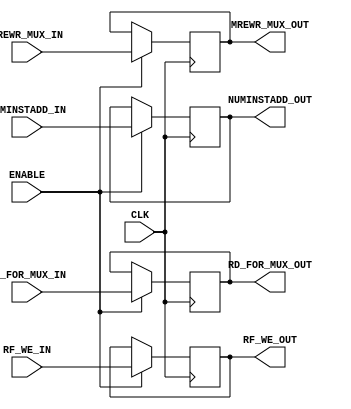
module WBREG (
    input wire RF_WE_IN,
    input wire [1:0] MREWR_MUX_IN,
    input wire NUMINSTADD_IN,
    input wire RD_FOR_MUX_IN,
    input wire CLK,
	 input wire ENABLE,

    output wire RF_WE_OUT,
    output wire [1:0] MREWR_MUX_OUT,
    output wire NUMINSTADD_OUT,
    output wire RD_FOR_MUX_OUT
);

    reg _RF_WE;
    reg _NUMINSTADD;
    reg [1:0] _MREWR_MUX;
    reg RD_FOR_MUX;

    assign RF_WE_OUT = _RF_WE;
    assign MREWR_MUX_OUT = _MREWR_MUX;
    assign NUMINSTADD_OUT = _NUMINSTADD;
    assign RD_FOR_MUX_OUT = RD_FOR_MUX;

    initial begin
        _RF_WE = 0;
        _NUMINSTADD = 0;
        _MREWR_MUX = 0;
		  RD_FOR_MUX = 0;
    end

    always@ (posedge CLK) begin
		if (ENABLE) begin
        _RF_WE <= RF_WE_IN;
        _MREWR_MUX <= MREWR_MUX_IN;
        _NUMINSTADD <= NUMINSTADD_IN;
		  RD_FOR_MUX <= RD_FOR_MUX_IN;
		end
    end
endmodule

module LASTWBREG (
    input wire RF_WE_IN,
    input wire [1:0] MREWR_MUX_IN,
    input wire NUMINSTADD_IN,
    input wire CLK,
	 input wire ENABLE,

    output wire RF_WE_OUT,
    output wire [1:0] MREWR_MUX_OUT,
    output wire NUMINSTADD_OUT
);

    reg _RF_WE;
    reg _NUMINSTADD;
    reg [1:0] _MREWR_MUX;

    assign RF_WE_OUT = _RF_WE;
    assign MREWR_MUX_OUT = _MREWR_MUX;
    assign NUMINSTADD_OUT = _NUMINSTADD;

    initial begin
        _RF_WE = 0;
        _NUMINSTADD = 0;
        _MREWR_MUX = 0;
    end

    always@ (posedge CLK) begin
		if (ENABLE) begin
        _RF_WE <= RF_WE_IN;
        _MREWR_MUX <= MREWR_MUX_IN;
        _NUMINSTADD <= NUMINSTADD_IN;
		end
		else begin
			_RF_WE <= 0;
			_MREWR_MUX <= 2'b10;
			_NUMINSTADD <= 0;
		end
    end
endmodule